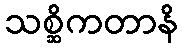
သစ္ဆိကတာနိ